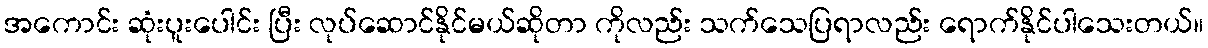
အကောင်း ဆုံးပူးပေါင်း ပြီး လုပ်ဆောင်နိုင်မယ်ဆိုတာ ကိုလည်း သက်သေပြရာလည်း ရောက်နိုင်ပါသေးတယ်။